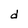
Character: d